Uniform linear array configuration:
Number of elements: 48
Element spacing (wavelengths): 0.75
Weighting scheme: kaiser
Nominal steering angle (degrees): -60
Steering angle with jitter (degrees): -59.159
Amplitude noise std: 0.05
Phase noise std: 0.05

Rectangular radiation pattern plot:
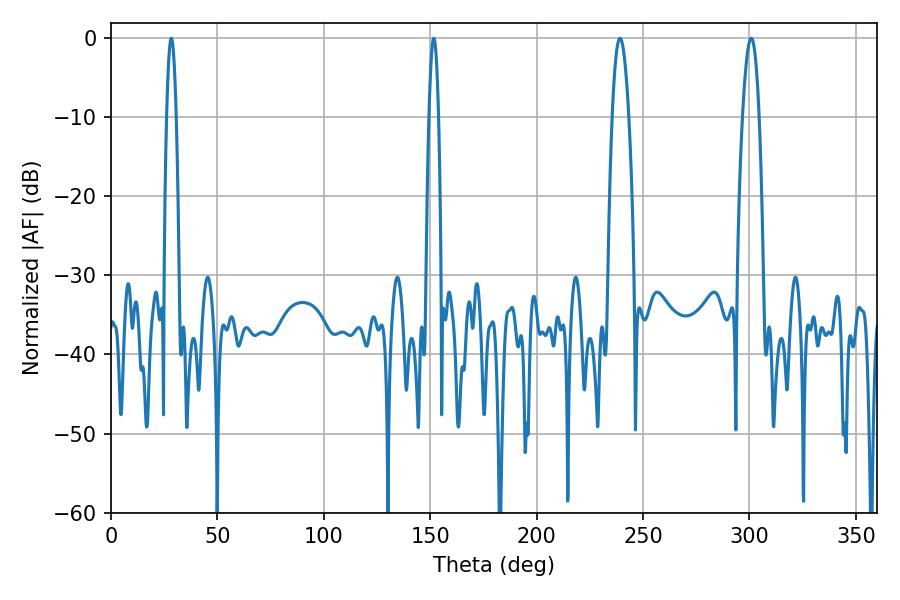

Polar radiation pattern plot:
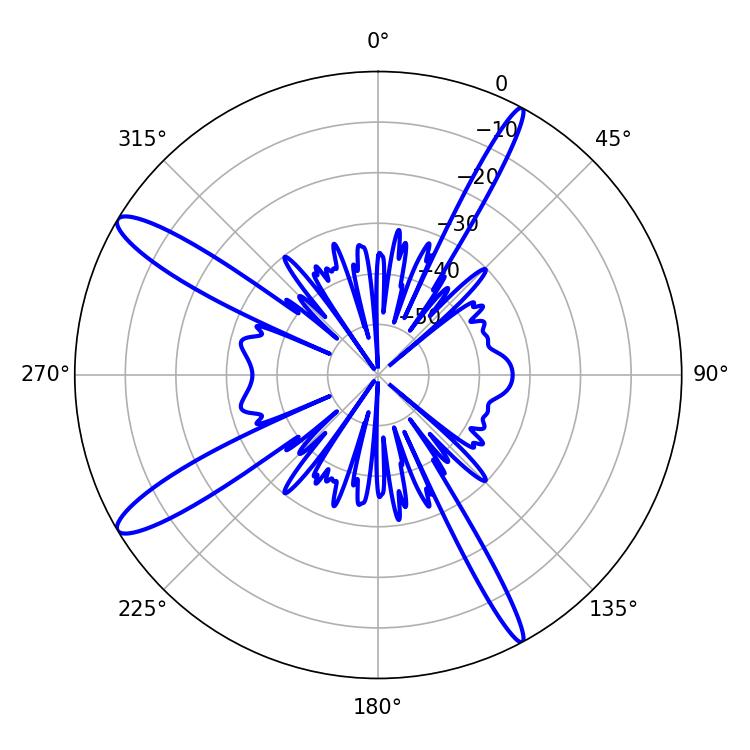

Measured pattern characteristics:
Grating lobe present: TRUE
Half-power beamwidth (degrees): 4.32
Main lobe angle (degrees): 239.22